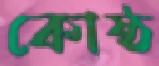
কোষ্ঠ